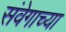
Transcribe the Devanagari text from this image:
संवेगाच्या